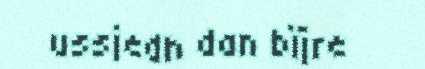
ussjedh dan bïjre